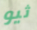
ثيو